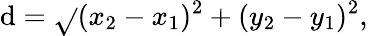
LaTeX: \mathrm{d}={\sqrt{}{{(x_{2}-x_{1})^{2}+(y_{2}-y_{1})^{2}}}},